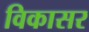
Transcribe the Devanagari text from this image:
विकासर